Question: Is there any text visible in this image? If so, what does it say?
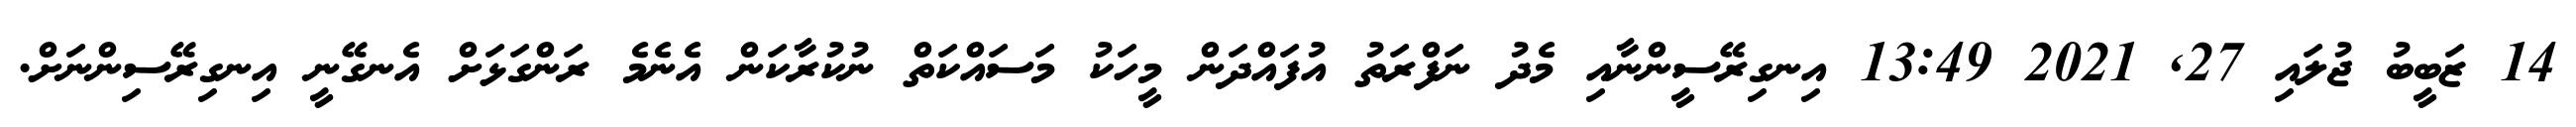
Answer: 14 ޒަބީބު ޖުލައި 27, 2021 13:49 އިނގިރޭސީންނާއި މެދު ނަފްރަތު އުފައްދަން މީހަކު މަސައްކަތް ނުކުރާކަން އެނެމެ ރަންގަޅަށް އެނގޭނީ އިނގިރޭސިންނަށް.